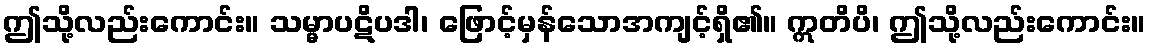
ဤသို့လည်းကောင်း။ သမ္မာပဋိပဒါ၊ ဖြောင့်မှန်သောအကျင့်ရှိ၏။ ဣတိပိ၊ ဤသို့လည်းကောင်း။